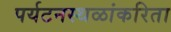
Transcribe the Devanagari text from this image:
पर्यटनस्थळांकरिता